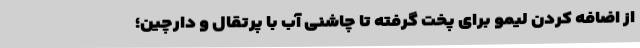
از اضافه کردن لیمو برای پخت گرفته تا چاشنی آب با پرتقال و دارچین؛